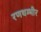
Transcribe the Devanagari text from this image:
रणथम्भीर